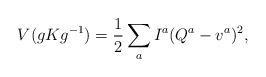
LaTeX: \begin{align*}V(gKg^{-1})=\frac{1}{2}\sum_a I^a(Q^a-v^a)^2 ,\end{align*}